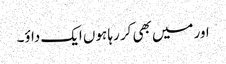
اور میں بھی کر رہا ہوں ایک داؤ۔